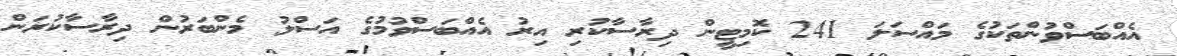
އެއްބަސްވުންތަކުގެ މައްސަލަ 241 ކޮމިޓީން ދިރާސާކުރި އިރު އެއްބަސްވުމުގެ އަސްލު މެންބަރުން ދިރާސާކުރަން